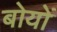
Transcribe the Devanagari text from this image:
बोयों